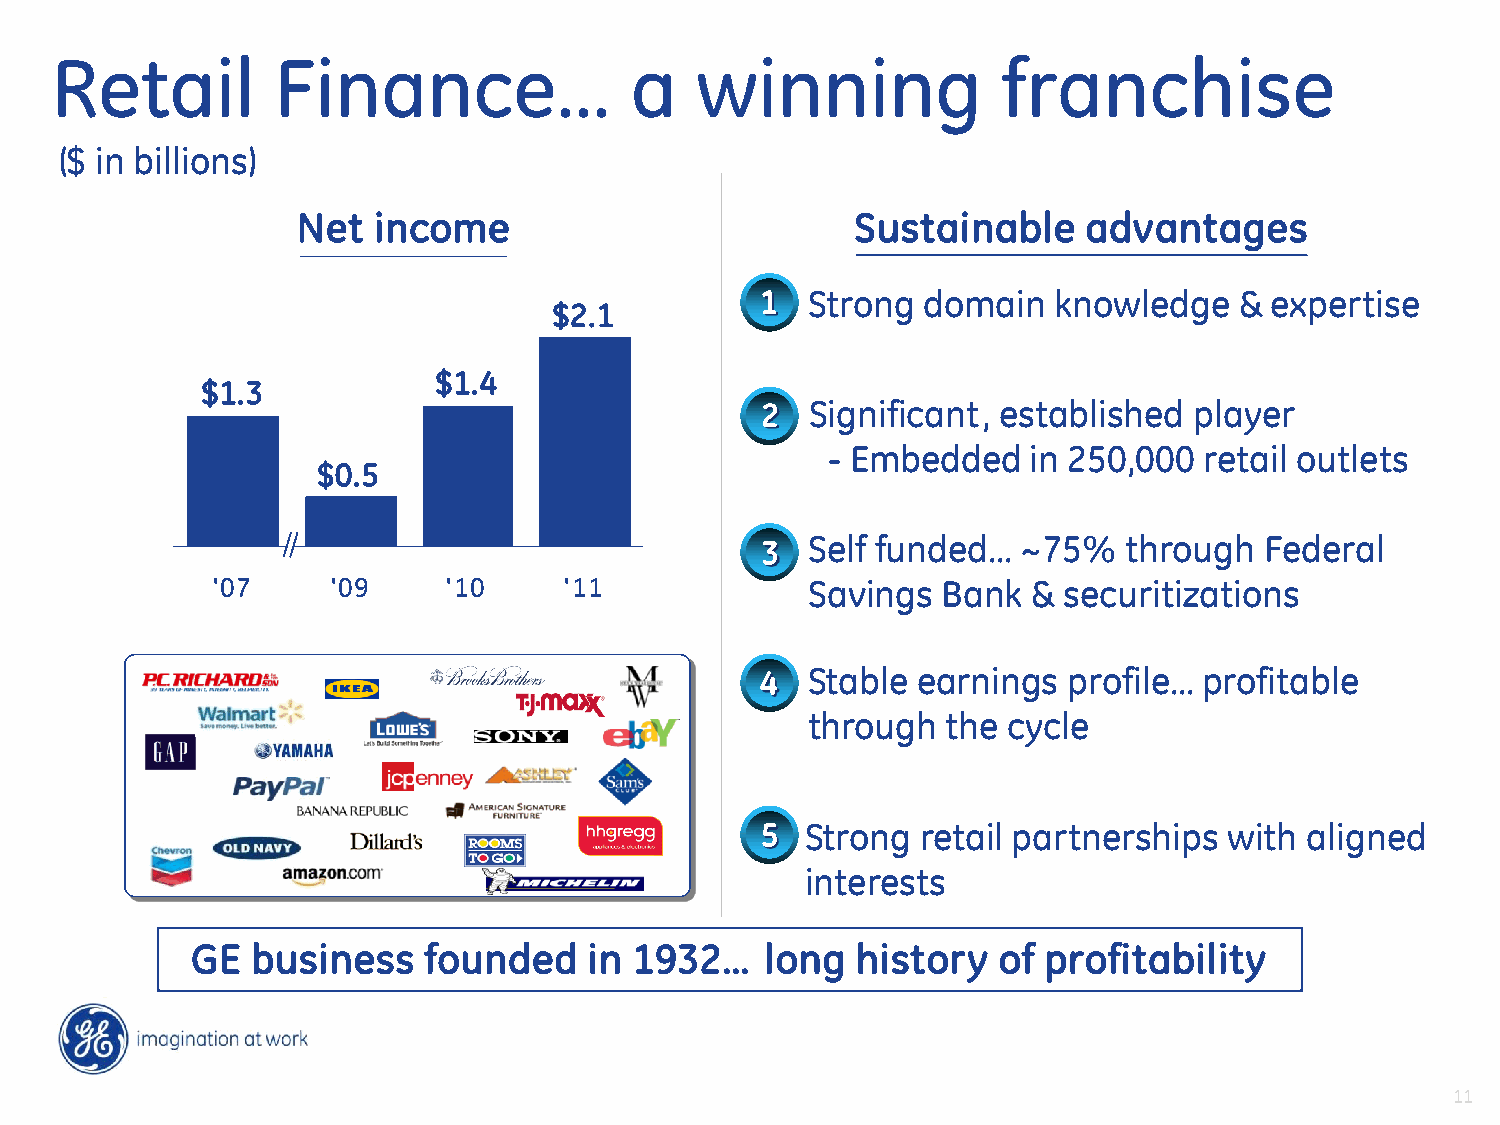
Retail         Finance…                a   winning             franchise
 ($ in billions)
 Net  income                          Sustainable    advantages
 1   Strong domain   knowledge   & expertise
 $2.1
 $1.4
 $1.3
 2   Significant, established player
 - Embedded   in 250,000  retail outlets
 $0.5
 3   Self funded…  ~75%   through  Federal
 '07     '09     '10    '11              Savings Bank  & securitizations
 4  Stable  earnings  profile… profitable
 through   the cycle
 5  Strong  retail partnerships with  aligned
 interests
 GE  business   founded    in 1932…    long  history  of profitability
 11